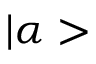
| \alpha >